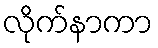
လိုက်နာကာ